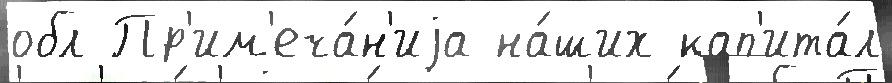
обл Пр'им'еча́н'иjа на́ших кап'ита́л